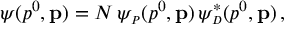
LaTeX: \psi ( p ^ { 0 } , { \bf p } ) = N \, \psi _ { \scriptscriptstyle P } ( p ^ { 0 } , { \bf p } ) \, \psi _ { \scriptscriptstyle D } ^ { * } ( p ^ { 0 } , { \bf p } ) \, ,